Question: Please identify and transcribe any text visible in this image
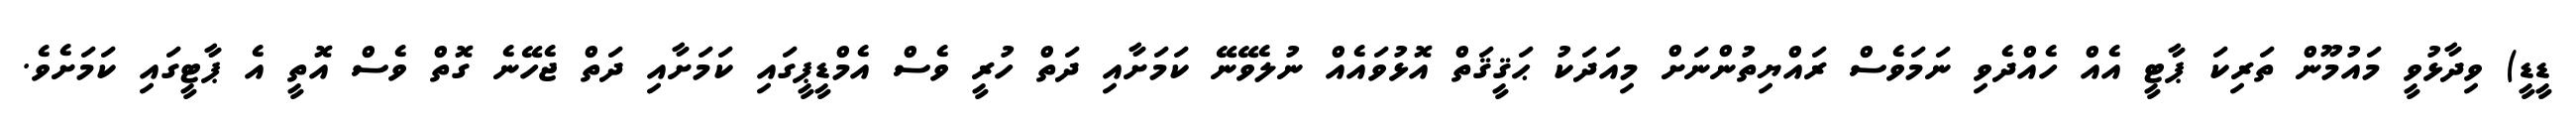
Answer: ޑީޑީ) ވިދާޅުވީ މައުމޫން ތަރިކަ ޕާޓީ އެއް ހެއްދެވި ނަމަވެސް ރައްޔިތުންނަށް މިއަދަކު ޙަޤީޤަތް އޮޅުވައެއް ނުލެވޭނޭ ކަމަށާއި ދަތް ހުރީ ވެސް އެމްޑީޕީގައި ކަމަށާއި ދަތް ޖެހޭނެ ގޮތް ވެސް އޮތީ އެ ޕާޓީގައި ކަމަށެވެ.